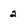
Character: 2